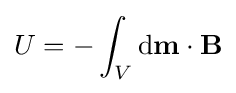
U=-\int _{V}\mathrm {d} \mathbf {m} \cdot \mathbf {B}